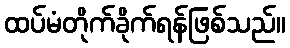
ထပ်မံတိုက်ခိုက်ရန်ဖြစ်သည်။